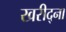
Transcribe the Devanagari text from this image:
खरीद्ना